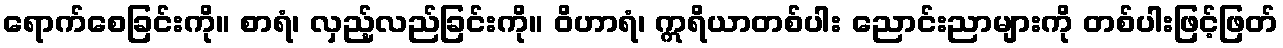
ရောက်စေခြင်းကို။ စာရံ၊ လှည့်လည်ခြင်းကို။ ဝိဟာရံ၊ ဣရိယာတစ်ပါး ညောင်းညာများကို တစ်ပါးဖြင့်ဖြတ်